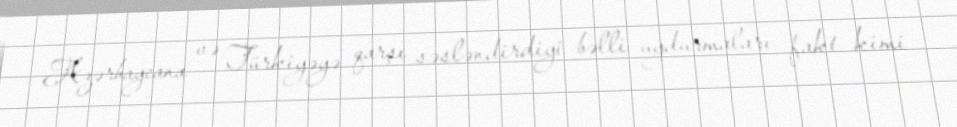
Azərbaycana və Türkiyəyə qarşı səsləndirdiyi bəlli uydurmaları fakt kimi